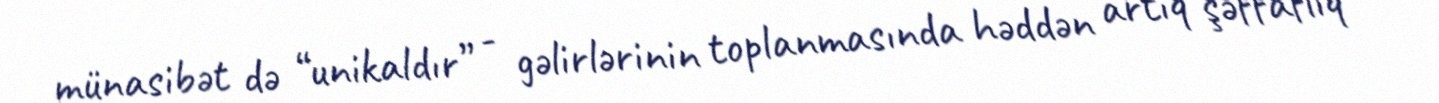
münasibət də “unikaldır” - gəlirlərinin toplanmasında həddən artıq şəffaflıq